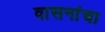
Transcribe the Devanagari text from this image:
वासनांचा